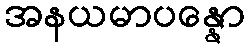
အနယမာပန္နော